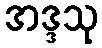
အဒ္ဒသု